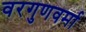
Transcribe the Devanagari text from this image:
वरगुणवर्मा